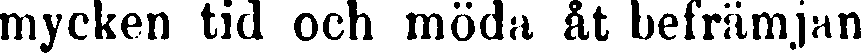
mycken tid och möda åt befrämjan